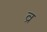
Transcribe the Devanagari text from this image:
व्र